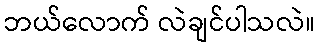
ဘယ်လောက် လဲချင်ပါသလဲ။